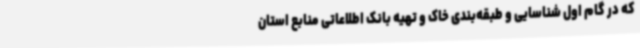
که در گام اول شناسایی و طبقه‌بندی خاک و تهیه بانک اطلاعاتی منابع استان